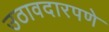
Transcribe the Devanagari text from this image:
उठावदारपणे